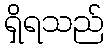
ရှိရသည်